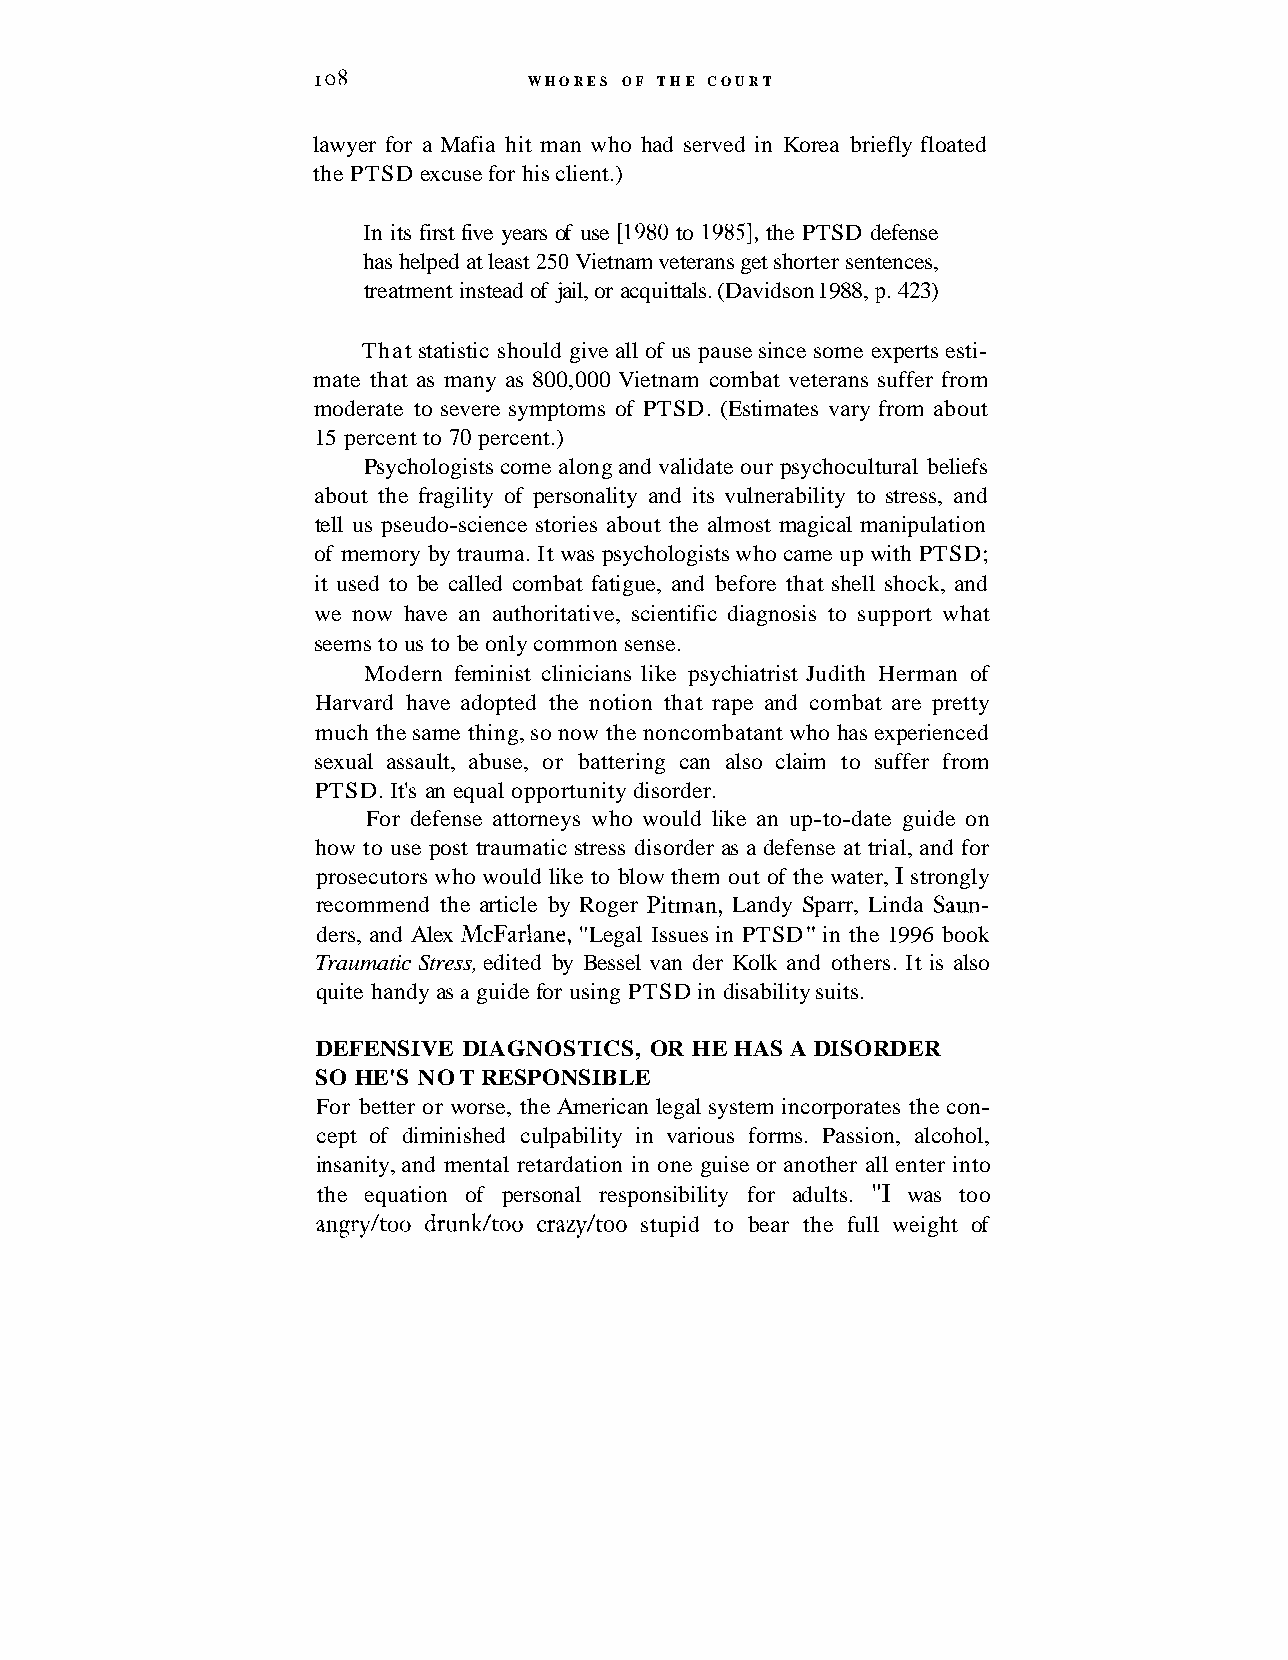
I 08          WHORES OF THE COURT
 lawyer for a Mafia hit man who had served in Korea briefly floated
 the PTSD excuse for his client.)
 In its first five years of use [I980 to 19851, the PTSD defense
 has helped at least 250 Vietnam veterans get shorter sentences,
 treatment instead of jail, or acquittals. (Davidson 1988, p. 423)
 That statistic should give all of us pause since some experts esti-
 mate that as many as 800,000 Vietnam combat veterans suffer from
 moderate to severe symptoms of PTSD. (Estimates vary from about
 15 percent to 70 percent.)
 Psychologists come along and validate our psychocultural beliefs
 about the fragility of personality and its vulnerability to stress, and
 tell us pseudo-science stories about the almost magical manipulation
 of memory by trauma. It was psychologists who came up with PTSD;
 it used to be called combat fatigue, and before that shell shock, and
 we now have an authoritative, scientific diagnosis to support what
 seems to us to be only common sense.
 Modern feminist clinicians like psychiatrist Judith Herman of
 Harvard have adopted the notion that rape and combat are pretty
 much the same thing, so now the noncombatant who has experienced
 sexual assault, abuse, or battering can also claim to suffer from
 PTSD. It's an equal opportunity disorder.
 For defense attorneys who would like an up-to-date guide on
 how to use post traumatic stress disorder as a defense at trial, and for
 prosecutors who would like to blow them out of the water, I strongly
 recommend the article by Roger Pitman, Landy Sparr, Linda Saun-
 ders, and Alex McFarlane, "Legal Issues in PTSD" in the 1996 book
 Traumatic Stress, edited by Bessel van der Kolk and others. It is also
 quite handy as a guide for using PTSD in disability suits.
 DEFENSIVE DIAGNOSTICS, OR HE HAS A DISORDER
 SO HE'S NOT RESPONSIBLE
 For better or worse, the American legal system incorporates the con-
 cept of diminished culpability in various forms. Passion, alcohol,
 insanity, and mental retardation in one guise or another all enter into
 the equation of personal responsibility for adults. "I was too
 angry/too drunk/too crazy/too stupid to bear the full weight of